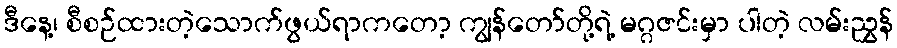
ဒီနေ့၊ စီစဉ်ထားတဲ့သောက်ဖွယ်ရာကတော့ ကျွန်တော်တို့ရဲ့ မဂ္ဂဇင်းမှာ ပါတဲ့ လမ်းညွှန်